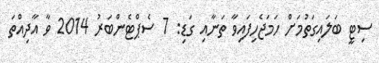
ސިޓީ ބަލައިގަތުމަށް ހަމަޖެހިފައިވާ ތަނާއި ގަޑި: 7 ސެޕްޓެންބަރު 2014 ވާ އާދިއްތަ